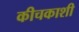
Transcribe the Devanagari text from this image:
कीचकाशी